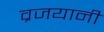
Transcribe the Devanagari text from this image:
व्रजयानी